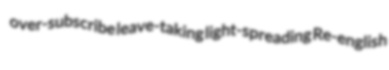
over-subscribe leave-taking light-spreading Re-english